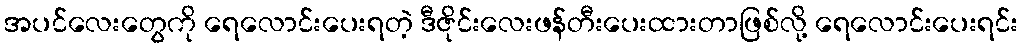
အပင်လေးတွေကို ရေလောင်းပေးရတဲ့ ဒီဇိုင်းလေးဖန်တီးပေးထားတာဖြစ်လို့ ရေလောင်းပေးရင်း